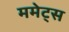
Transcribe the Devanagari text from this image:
ममेट्स